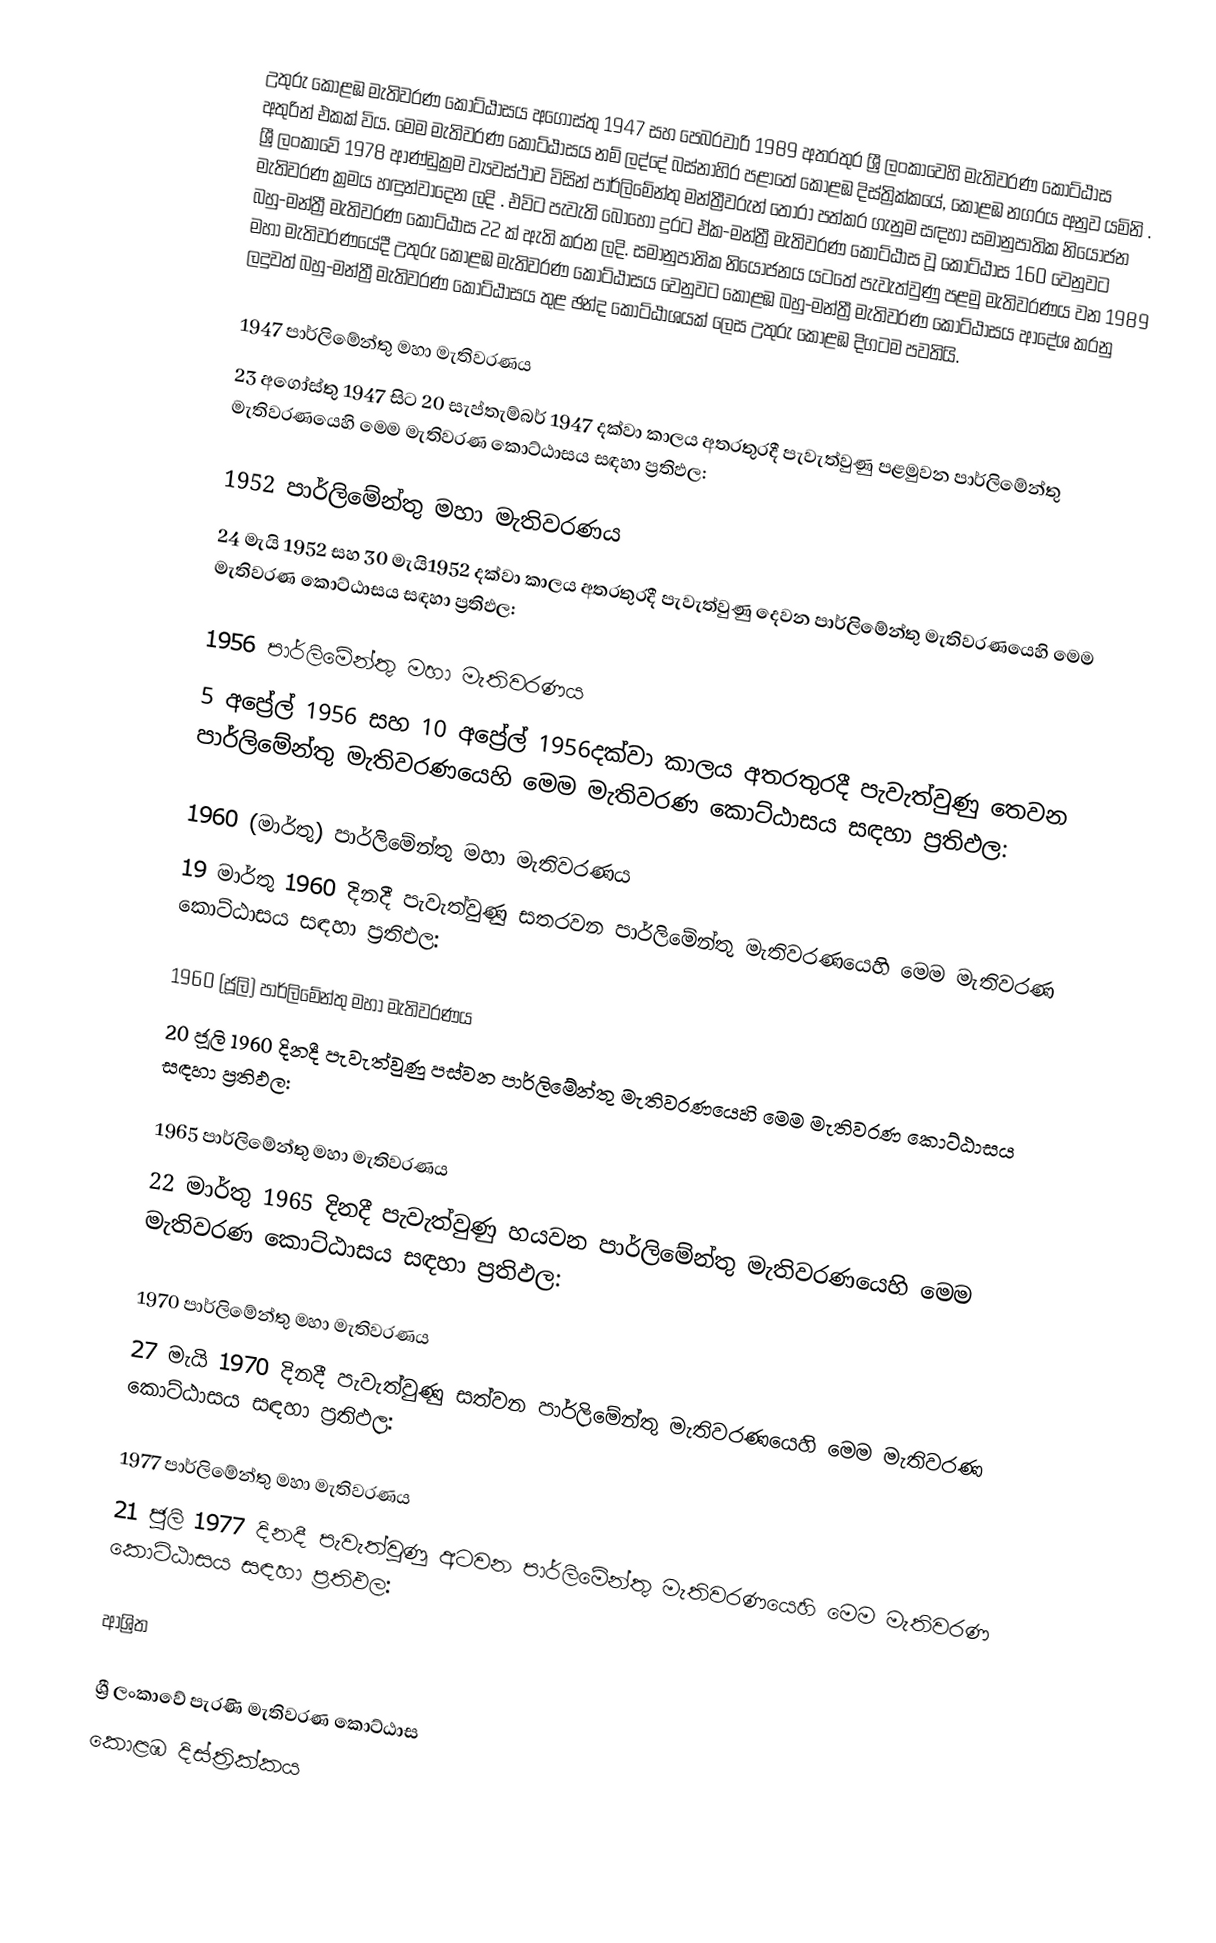
උතුරු කොළඹ මැතිවරණ කොට්ඨාසය  අගෝස්තු 1947 සහ පෙබරවාරි 1989 අතරතුර  ශ්‍රී ලංකාවෙහි  මැතිවරණ කොට්ඨාස අතුරින් එකක් විය. මෙම මැතිවරණ කොට්ඨාසය නම් ලද්දේ  බස්නාහිර පළාතේ  කොළඹ දිස්ත්‍රික්කයේ,  කොළඹ නගරය අනුව යමිනි . ශ්‍රී ලංකාවේ 1978 ආණ්ඩුක්‍රම ව්‍යවස්ථාව විසින්   පාර්ලිමේන්තු මන්ත්‍රීවරුන් තෝරා පත්කර ගැනුම සඳහා සමානුපාතික නියෝජන මැතිවරණ ක්‍රමය හඳුන්වාදෙන ලදි . එවිට පැවැති බොහෝ දුරට  ඒක-මන්ත්‍රී මැතිවරණ කොට්ඨාස වූ කොට්ඨාස 160 වෙනුවට බහු-මන්ත්‍රී මැතිවරණ කොට්ඨාස 22 ක් ඇති කරන ලදි. සමානුපාතික නියෝජනය යටතේ පැවැත්වුණු පළමු මැතිවරණය වන 1989 මහා මැතිවරණයේදී  උතුරු කොළඹ මැතිවරණ කොට්ඨාසය වෙනුවට  කොළඹ බහු-මන්ත්‍රී මැතිවරණ කොට්ඨාසය  ආදේශ කරනු ලදුවත් බහු-මන්ත්‍රී මැතිවරණ කොට්ඨාසය තුළ ඡන්ද කොට්ඨාශයක් ලෙස උතුරු කොළඹ දිගටම පවතියි.

1947 පාර්ලිමේන්තු මහා මැතිවරණය
23 අගෝස්තු 1947 සිට 20 සැප්තැම්බර් 1947 දක්වා කාලය අතරතුරදී පැවැත්වුණු  පළමුවන පාර්ලිමේන්තු මැතිවරණයෙහි මෙම මැතිවරණ කොට්ඨාසය සඳහා ප්‍රතිඵල:

1952 පාර්ලිමේන්තු මහා මැතිවරණය
24 මැයි 1952 සහ 30 මැයි1952 දක්වා කාලය අතරතුරදී පැවැත්වුණු  දෙවන පාර්ලිමේන්තු මැතිවරණයෙහි මෙම මැතිවරණ කොට්ඨාසය සඳහා ප්‍රතිඵල:

1956 පාර්ලිමේන්තු මහා මැතිවරණය
5 අප්‍රේල් 1956 සහ 10 අප්‍රේල් 1956දක්වා කාලය අතරතුරදී පැවැත්වුණු  තෙවන පාර්ලිමේන්තු මැතිවරණයෙහි මෙම මැතිවරණ කොට්ඨාසය සඳහා ප්‍රතිඵල:

1960 (මාර්තු) පාර්ලිමේන්තු මහා මැතිවරණය
19 මාර්තු 1960 දිනදී පැවැත්වුණු  සතරවන පාර්ලිමේන්තු මැතිවරණයෙහි මෙම මැතිවරණ කොට්ඨාසය සඳහා ප්‍රතිඵල:

1960 (ජූලි) පාර්ලිමේන්තු මහා මැතිවරණය
20 ජූලි 1960 දිනදී පැවැත්වුණු  පස්වන පාර්ලිමේන්තු මැතිවරණයෙහි මෙම මැතිවරණ කොට්ඨාසය සඳහා ප්‍රතිඵල:

1965 පාර්ලිමේන්තු මහා මැතිවරණය
22 මාර්තු 1965  දිනදී පැවැත්වුණු  හයවන පාර්ලිමේන්තු මැතිවරණයෙහි මෙම මැතිවරණ කොට්ඨාසය සඳහා ප්‍රතිඵල:

1970 පාර්ලිමේන්තු මහා මැතිවරණය
27 මැයි 1970 දිනදී පැවැත්වුණු  සත්වන පාර්ලිමේන්තු මැතිවරණයෙහි මෙම මැතිවරණ කොට්ඨාසය සඳහා ප්‍රතිඵල:

1977 පාර්ලිමේන්තු මහා මැතිවරණය
21 ජූලි 1977 දිනදී පැවැත්වුණු  අටවන පාර්ලිමේන්තු මැතිවරණයෙහි මෙම මැතිවරණ කොට්ඨාසය සඳහා ප්‍රතිඵල:

ආශ්‍රිත

ශ්‍රී ලංකාවේ පැරණි මැතිවරණ කොට්ඨාස
 කොළඹ දිස්ත්‍රික්කය